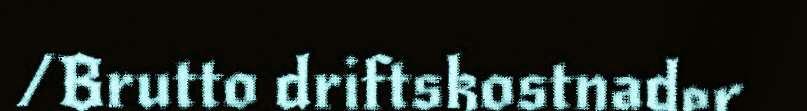
/Brutto driftskostnader